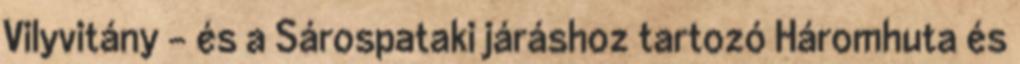
Vilyvitány – és a Sárospataki járáshoz tartozó Háromhuta és